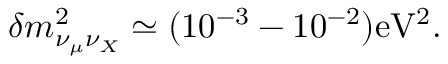
\delta m _ { \nu _ { \mu } \nu _ { X } } ^ { 2 } \simeq ( 1 0 ^ { - 3 } - 1 0 ^ { - 2 } ) \mathrm { e V ^ { 2 } } .